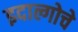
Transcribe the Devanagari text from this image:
इदाल्गोचे